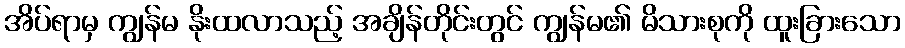
အိပ်ရာမှ ကျွန်မ နိုးထလာသည့် အချိန်တိုင်းတွင် ကျွန်မ၏ မိသားစုကို ထူးခြားသော